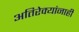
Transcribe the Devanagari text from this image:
अतिरेक्यांनाही